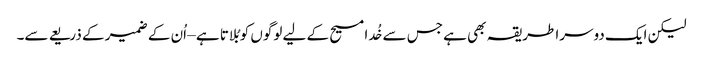
لیکن ایک دوسرا طریقہ بھی ہے جس سے خُدا مسیح کے لیے لوگوں کو بُلاتا ہے – اُن کے ضمیر کے ذریعے سے۔